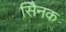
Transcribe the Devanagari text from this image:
सैिनक